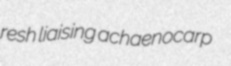
resh liaising achaenocarp